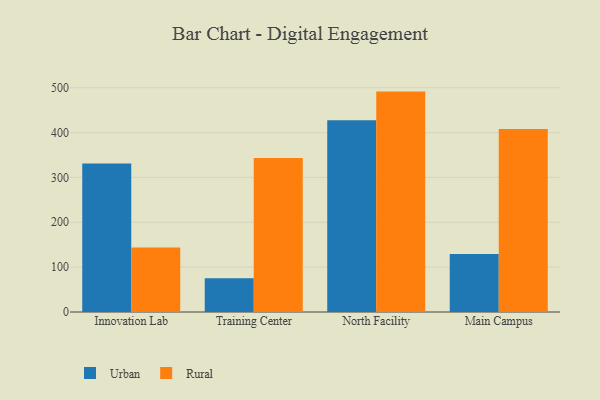
{"axis": {"x": "Campus", "y": "Production Output"}, "legend": ["Rural", "Urban"], "data": [{"x": "Innovation Lab", "y": 331.2, "type": "Urban"}, {"x": "Innovation Lab", "y": 143.6, "type": "Rural"}, {"x": "Training Center", "y": 75.5, "type": "Urban"}, {"x": "Training Center", "y": 343.1, "type": "Rural"}, {"x": "North Facility", "y": 427.2, "type": "Urban"}, {"x": "North Facility", "y": 491.3, "type": "Rural"}, {"x": "Main Campus", "y": 129.4, "type": "Urban"}, {"x": "Main Campus", "y": 408.1, "type": "Rural"}]}